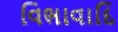
વિભાવાદિ